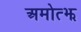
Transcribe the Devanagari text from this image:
अमोत्झ